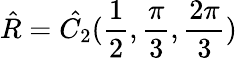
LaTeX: \hat{R}=\hat{C_{2}}(\frac{1}{2},\frac{\pi}{3},\frac{2\pi}{3})